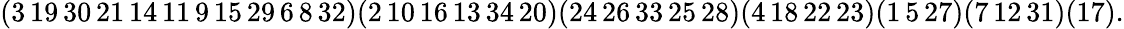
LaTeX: \begin{array}{r}{(3\thinspace 19\thinspace 30\thinspace 21\thinspace 14\thinspace 11\thinspace 9\thinspace 15\thinspace 29\thinspace 6\thinspace 8\thinspace 32)(2\thinspace 10\thinspace 16\thinspace 13\thinspace 34\thinspace 20)(24\thinspace 26\thinspace 33\thinspace 25\thinspace 28)(4\thinspace 18\thinspace 22\thinspace 23)(1\thinspace 5\thinspace 27)(7\thinspace 12\thinspace 31)(17).}\end{array}